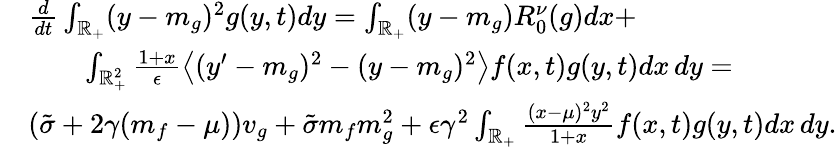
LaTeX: \begin{array}{rl}&{\frac{d}{dt}\int_{\mathbb R_{+}}(y-m_{g})^{2}g(y,t)dy=\int_{\mathbb R_{+}}(y-m_{g})R_{0}^{\nu}(g)dx+}\\ &{\qquad\int_{\mathbb R_{+}^{2}}\frac{1+x}{\epsilon}\left\langle(y^{\prime}-m_{g})^{2}-(y-m_{g})^{2}\right\rangle f(x,t)g(y,t)dx\, dy=}\\ &{(\tilde{\sigma}+2\gamma(m_{f}-\mu))v_{g}+\tilde{\sigma}m_{f}m_{g}^{2}+\epsilon\gamma^{2}\int_{\mathbb R_{+}}\frac{(x-\mu)^{2}y^{2}}{1+x}f(x,t)g(y,t)dx\, dy.}\end{array}